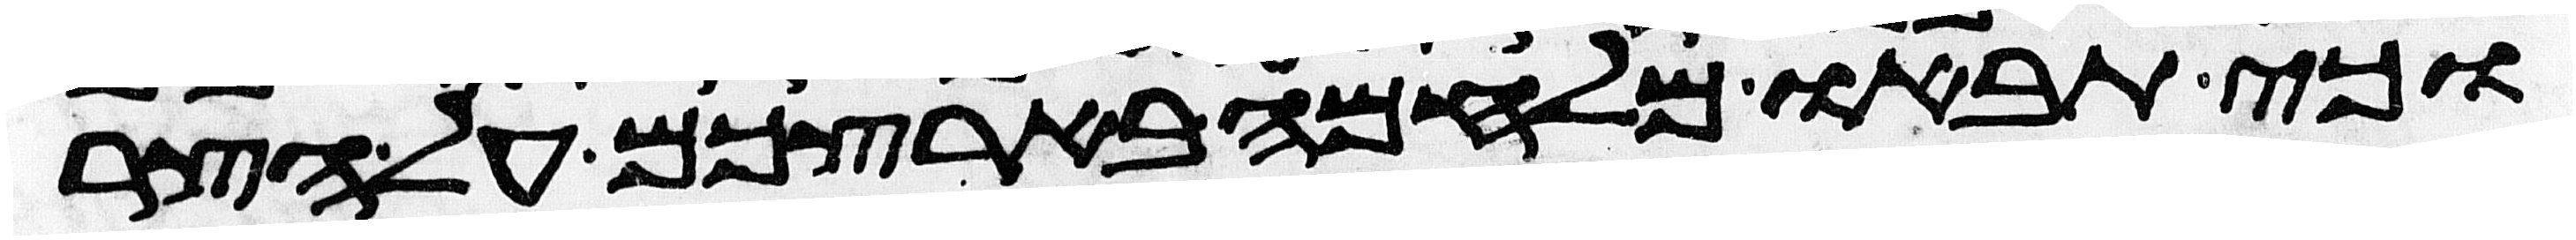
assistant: וכי תבאו מלחמה בארצכם על הצר